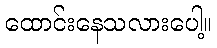
ထောင်းနေသလားပေါ့။